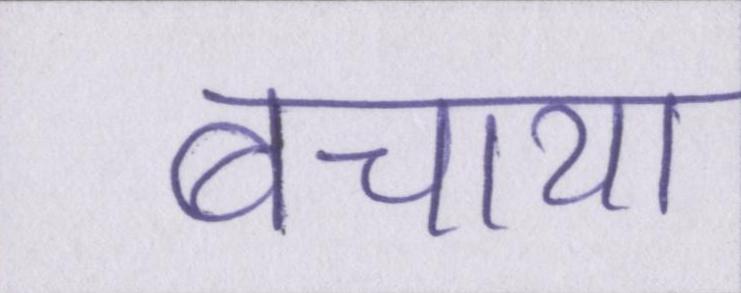
बचाया